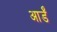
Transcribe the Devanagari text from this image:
आर्डॅ